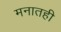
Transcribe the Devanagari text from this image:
मनातही